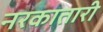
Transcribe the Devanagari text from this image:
नरकातारी